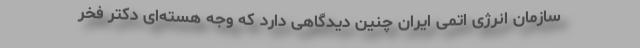
سازمان انرژی اتمی ایران چنین دیدگاهی دارد که وجه هسته‌ای دکتر فخر